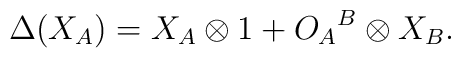
\Delta (X_{A}) = X_{A} \otimes 1 + {O_{A}}^{B} \otimes X_{B}.